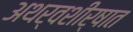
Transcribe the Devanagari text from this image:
अथर्वशीर्षात